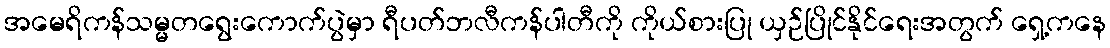
အမေရိကန်သမ္မတရွေးကောက်ပွဲမှာ ရီပတ်ဘလီကန်ပါတီကို ကိုယ်စားပြု ယှဉ်ပြိုင်နိုင်ရေးအတွက် ရှေ့ကနေ